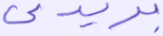
بريدي